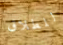
للطلاق